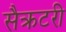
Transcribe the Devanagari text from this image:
सैक्रटरी